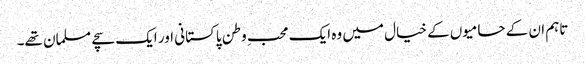
تاہم ان کے حامیوں کے خیال میں وہ ایک محبِ وطن پاکستانی اور ایک سچے مسلمان تھے۔